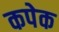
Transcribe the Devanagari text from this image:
कपेक